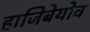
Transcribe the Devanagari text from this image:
हाजिबेयोव